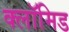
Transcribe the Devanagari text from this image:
क्लॉमिड